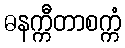
ဓနက္ကီတာစက္ကံ